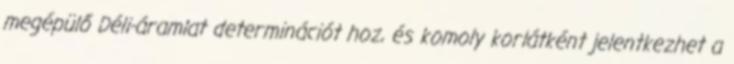
megépülő Déli-áramlat determinációt hoz, és komoly korlátként jelentkezhet a